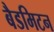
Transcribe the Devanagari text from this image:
बैडमिटन